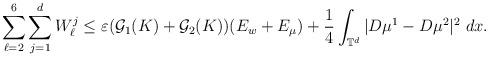
LaTeX: \begin{align*}\sum_{\ell=2}^{6}\sum_{j=1}^{d}W_{\ell}^{j}\leq \varepsilon(\mathcal{G}_{1}(K)+\mathcal{G}_{2}(K))(E_{w}+E_{\mu})+\frac{1}{4}\int_{\mathbb{T}^{d}}|D\mu^{1}-D\mu^{2}|^{2}\ dx.\end{align*}